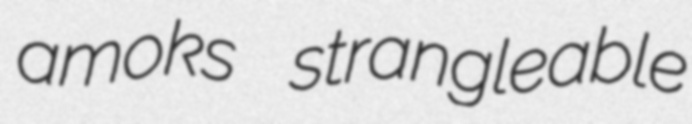
amoks strangleable